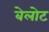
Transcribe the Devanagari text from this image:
बेलोट